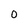
Character: O